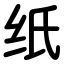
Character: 纸